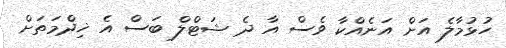
ހުޅުމާލެ އަށް އަނެއްކާ ވެސް އާ ދެ ޝަޓްލް ބަސް އެ ޚިދްމަތަށް